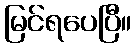
မြင်ရပေပြီ။